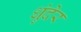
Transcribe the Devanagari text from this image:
धुंदेर